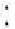
: